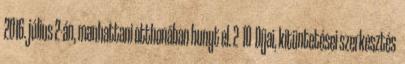
2016. július 2-án, manhattani otthonában hunyt el. 2 10 Díjai, kitüntetései szerkesztés